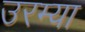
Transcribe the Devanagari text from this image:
उरम्या